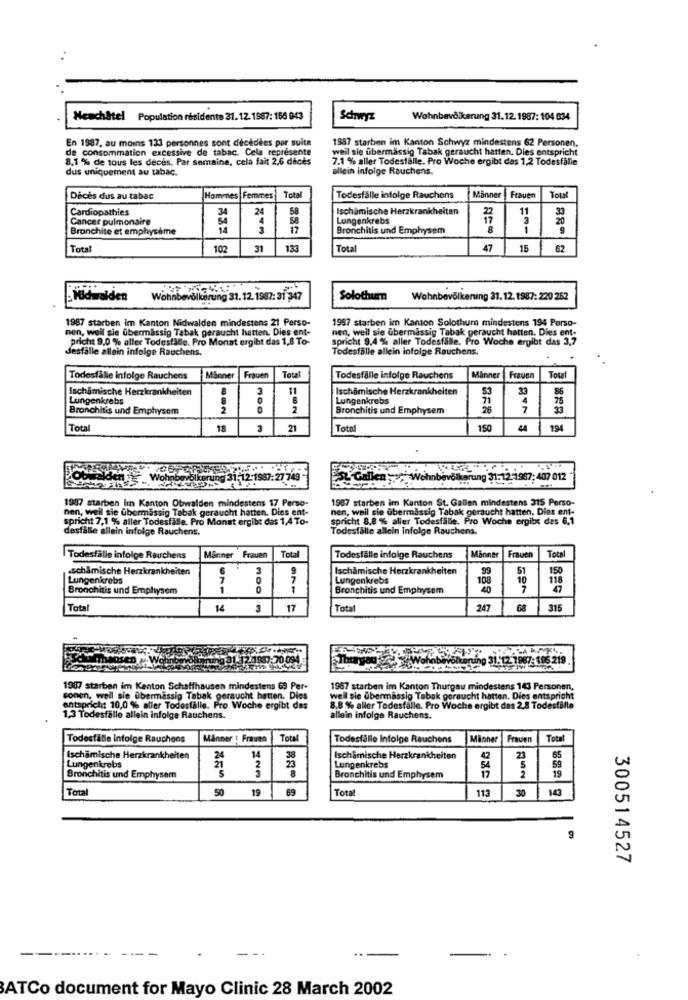
Neuchâtel Population residente 31. 12. 1967: 156 943
Scaryz
Wohnbevölkerung 31.12. 1987: 104 634
En 1987, au moins 133 personnes sont décédées por suite
1987 starben im Kanton Schwyz mindestens 62 Personen.
de consommation excessive de tabac. Cela représente
weil sie ubermassig Tabak geraucht hatten. Dies entspricht
8,1 % de tous les décès. Par semaine, cela fait 2,6 décès
7.1 % aller Todestalle. Pro Woche ergibt das 1,2 Todesfälle
dus uniquement au tabac.
allein infolge Rauchens.
Décès dus au tabac
Hommes Femmes
Total
Todesfälle infolge Rauchons
Männer
Frauen
Total
Cardiopathies
34
24
58
Ischamische Herzkrankheiten
11
Cancer pulmonaire
58
Lungenkrebs
3
20
Bronchite et emphysème
14
17
Bronchitis und Emphysem
1
9
Total
102
31
133
Total
47
15
62
Nidwalden
Wohnbevölkerung 31. 12. 1987: 31 347
Solothum
Wohnbevölkerung 31. 12. 1987: 220 252
1987 starben im Kanton Nidwalden mindestens 21 Perso-
1957 starben im Kanton Solothurn mindestens 194 Perso-
nen, weil sie übermassig Tabak geraucht hatten
ht hatten. Dies ent-
nen, weil sie übermässig Tabak geraucht hatten. Dies ent-
pricht 9,0 % aller Todesfälle. Pro Monat ergibt das 1,8 To-
spricht 9,4 % aller Todesfälle. Pro Woche ergibt das 3,7
Jestalle allein infolge Rauchens.
Todesfälle allein infolge Rauchens.
Todesfälle infolge Rauchens
Minner
Frauen
Total
Todesfälle infolge Rauchens
Manner
Frauen
Total
Ischamische Herzkrankheiten
3
Ischamische Herzkrankheiten
53
33
86
Lungenkrebs
Lungenkrebs
Bronchitis und Emphysem
Bronchitis und Emphysem
828
Total
18
21
Total
150
194
Wo
Forung 31-12-1987:27 749
GallenW
nbevölkerung 31:12-1987; 407 012
1987 starben lin Kanton Obwalden mindestens 17 Perso-
1967 starben im Kanton St. Gallen mindestens 315 Perso-
nen, weil sie übermassig Tabak geraucht hatten. Dies ent-
nen, weil sie ubermassig Tabak geraucht hatten. Dies ent-
spricht 7,1 % aller Todesfälle. Pro Monat ergibt das 1,4 To-
spricht 8,8 % aller Todesfälle. Pro Woche ergibt des 6,1
desfalle allein infolge Rauchens.
Todesfälle allein Infolge Rauchens.
Frauen
Total
Total
Todesfalle infolge Rauchens
Manner
Todesfälle infolge Rauchens
Manner
Frauen
.schamische Herzkrankheiten
3
Ischamische Herzkrankheiten
99
150
Lungenkrebs
7
Lungenkrebs
108
10
118
Bronchitis und Emphysem
1
1
Bronchitis und Emphysem
7
Total
14
3
17
Total
247
68
315
Thurya
derung 31.12 1987: 186 219
1987 starben im Kenton Schaffhausen mindestens 69 Per-
1967 starben im Kanton Thurgau mindestens 143 Personen,
conen, weil sie übermassig Tabak geraucht hatten. Dies
well sie übermassig Tabak geraucht hatten. Dies entspricht
entspricht 10,0 % aller Todesfälle. Pro Woche ergibt des
8.8 % aller Todesfälle. Pro Woche ergibt das 2,8 Todesfälle
1.3 Todesfälle allein infolge Rauchens.
allein infolge Rauchens.
Todesfälle Infolge Rauchons
Manner : Frauen
Total
Todesfälle Infolge Rauchens
Männer
Frauen
Ischamische Herzkrankheiten
24
14
Ischamische Herzkrankheiten
42
23
65
Lungenkrebs
21
8
Lungenkrebs
54
5
2
59
19
Bronchitis und Emphysem
Bronchitis und Emphysem
Tota
50 19
59
Total
113
30
143
300514527
----.....
---
ATCo document for Mayo Clinic 28 March 2002